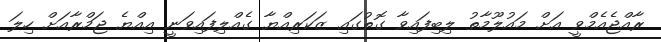
ރާއްޖެއެމްވީ އަށް މައުލޫމާތު ލިބިފައިވާ ގޮތުގައި ޒަކަރިއްޔާ ގެއްލިފައިވަނީ އިއްޔެ ޖަމްރާއަށް ހިލަ